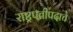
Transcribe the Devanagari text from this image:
राष्ट्रपतीपदाचे